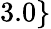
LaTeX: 3.0\}